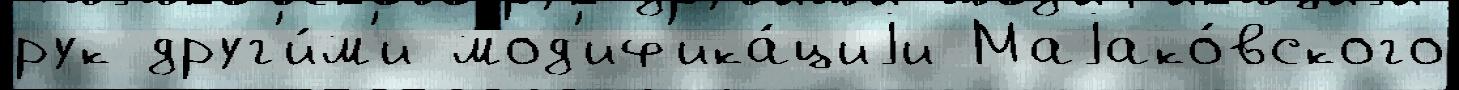
рук друг'и́м'и мод'иф'ика́циjи Маjако́вского